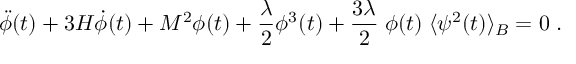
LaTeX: \ddot { \phi } ( t ) + 3 H \dot { \phi } ( t ) + M ^ { 2 } \phi ( t ) + \frac { \lambda } { 2 } \phi ^ { 3 } ( t ) + \frac { 3 \lambda } { 2 } \; \phi ( t ) \; \langle \psi ^ { 2 } ( t ) \rangle _ { B } = 0 \; .